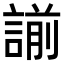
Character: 𧪈